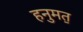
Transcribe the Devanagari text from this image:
हनुमत॒